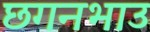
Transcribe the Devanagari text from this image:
छगनभाउ